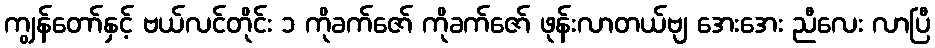
ကျွန်တော်နှင့် ဗယ်လင်တိုင်း ၁ ကိုခက်ဇော် ကိုခက်ဇော် ဖုန်းလာတယ်ဗျ အေးအေး ညီလေး လာပြီ